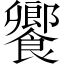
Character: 饗